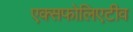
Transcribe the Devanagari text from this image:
एक्सफोलिएटीव